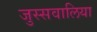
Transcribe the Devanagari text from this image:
जुस्सवालिया